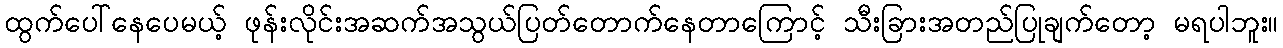
ထွက်ပေါ်နေပေမယ့် ဖုန်းလိုင်းအဆက်အသွယ်ပြတ်တောက်နေတာကြောင့် သီးခြားအတည်ပြုချက်တော့ မရပါဘူး။